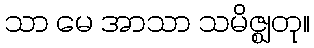
သာ မေ အာသာ သမိဇ္ဈတု။